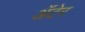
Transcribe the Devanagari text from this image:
अँटेर